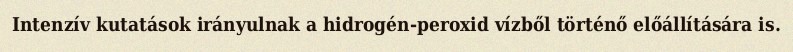
Intenzív kutatások irányulnak a hidrogén-peroxid vízből történő előállítására is.